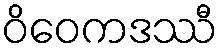
ဝိဝေကဒဿီ